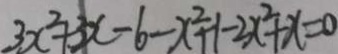
3 x ^ { 2 } + 3 x - 6 - x ^ { 2 } + 1 - 2 x ^ { 2 } + x = 0